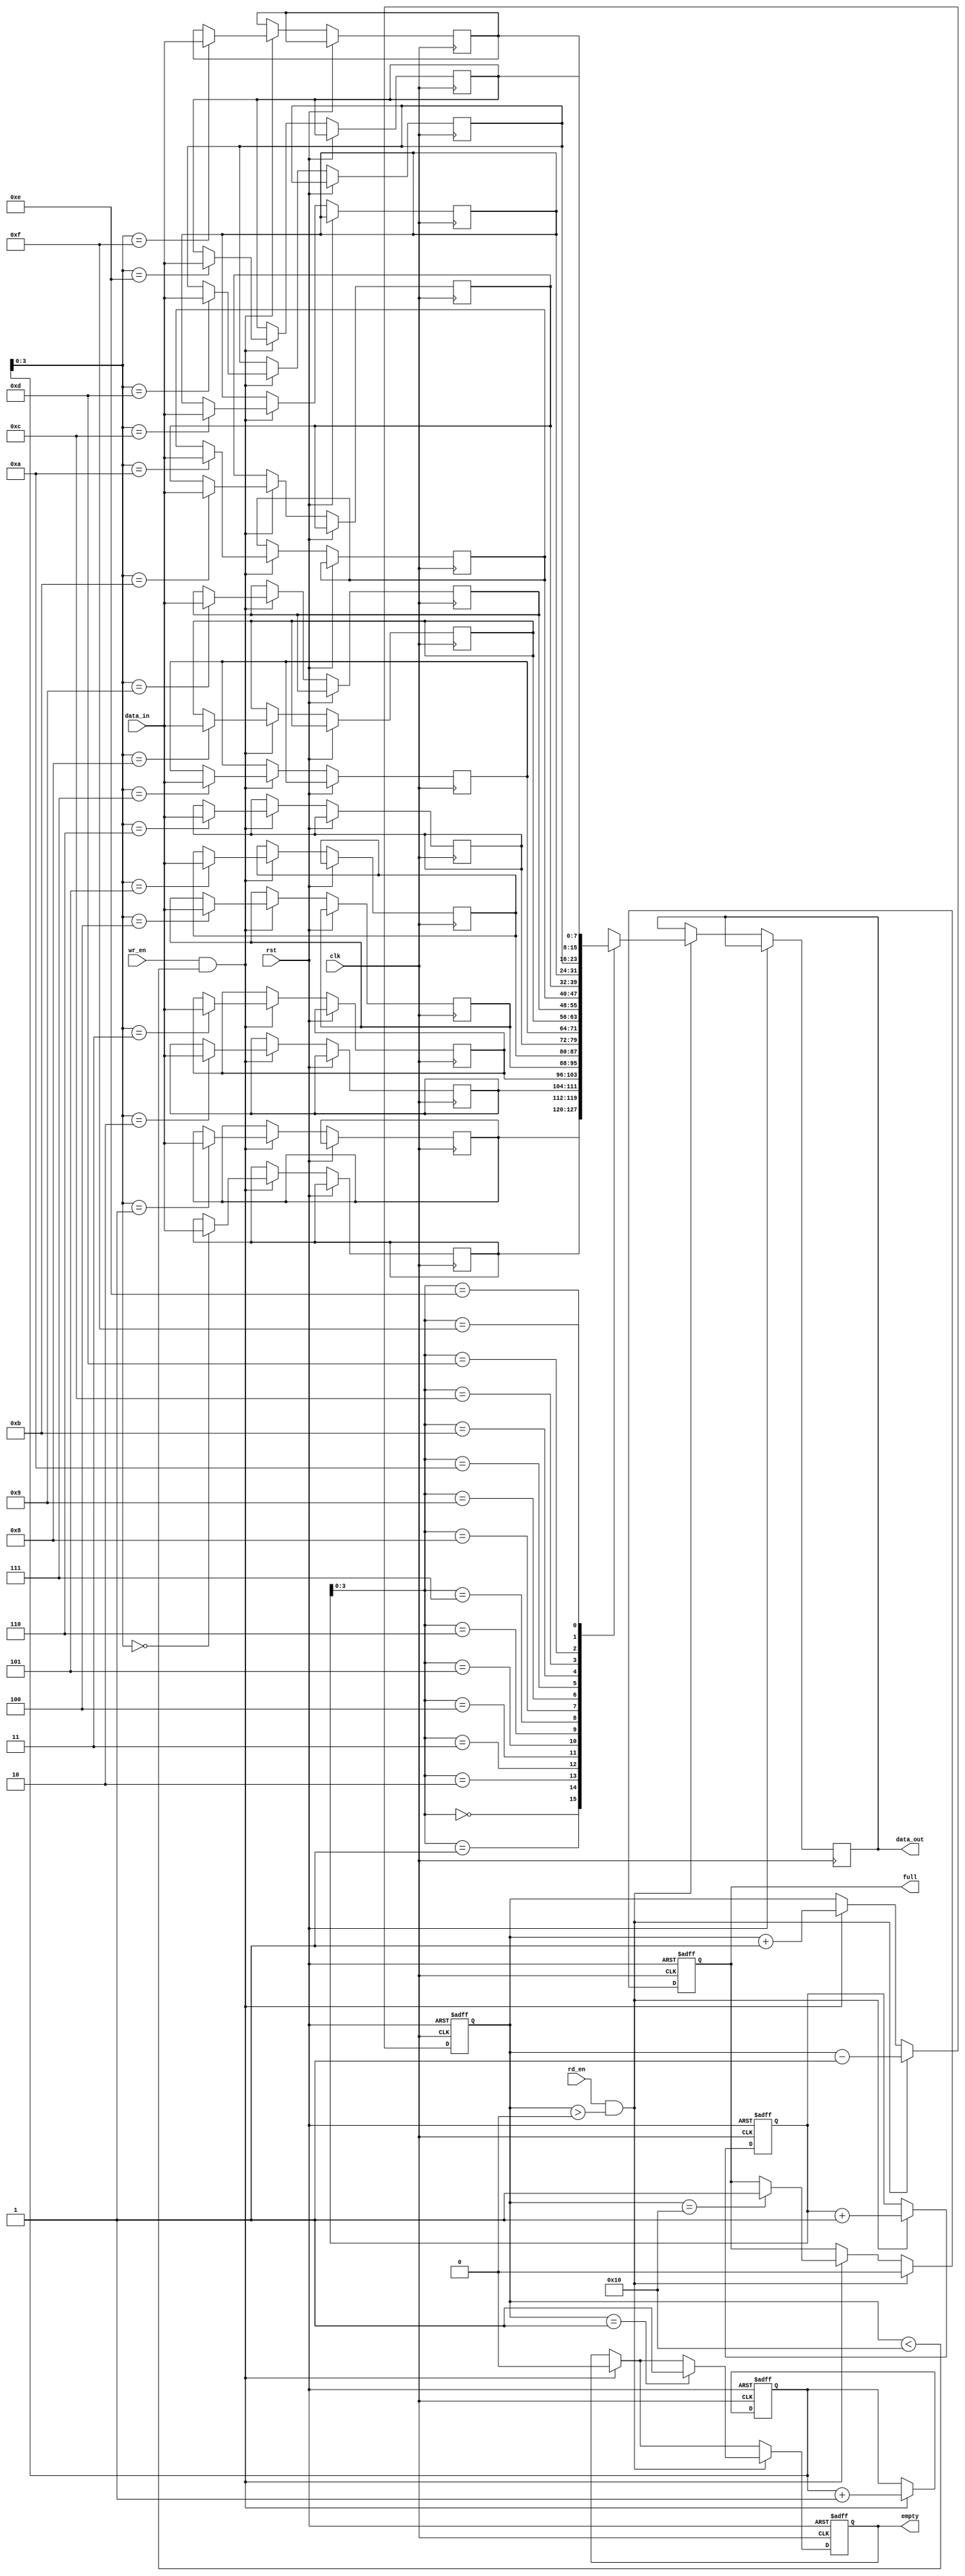
module parametrizable_fifo
#(
    parameter DATA_WIDTH = 8,
    parameter DEPTH = 16
)
(
    input wire clk,
    input wire rst,
    input wire wr_en,
    input wire rd_en,
    input wire [DATA_WIDTH-1:0] data_in,
    output wire [DATA_WIDTH-1:0] data_out,
    output reg full,
    output reg empty
);

reg [(DATA_WIDTH-1):0] fifo [DEPTH-1:0];
reg [(DATA_WIDTH-1):0] head = 0;
reg [(DATA_WIDTH-1):0] tail = 0;
reg [(DEPTH-1):0] count = 0;

always @(posedge clk or posedge rst)
begin
    if (rst) begin
        head <= 0;
        tail <= 0;
        count <= 0;
        full <= 0;
        empty <= 1;
    end else begin
        if (wr_en && count < DEPTH) begin
            fifo[tail] <= data_in;
            tail <= tail + 1;
            count <= count + 1;
            empty <= 0;
            if (count == DEPTH) begin
                full <= 1;
            end
        end
        if (rd_en && count > 0) begin
            data_out <= fifo[head];
            head <= head + 1;
            count <= count - 1;
            full <= 0;
            if (count == 1) begin
                empty <= 1;
            end
        end
    end
end

endmodule